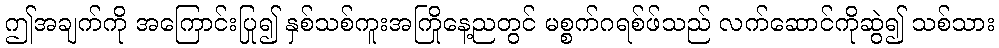
ဤအချက်ကို အကြောင်းပြု၍ နှစ်သစ်ကူးအကြိုနေ့ညတွင် မစ္စက်ဂရစ်ဖ်သည် လက်ဆောင်ကိုဆွဲ၍ သစ်သား